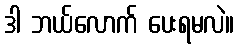
ဒါ ဘယ်လောက် ပေးရမလဲ။